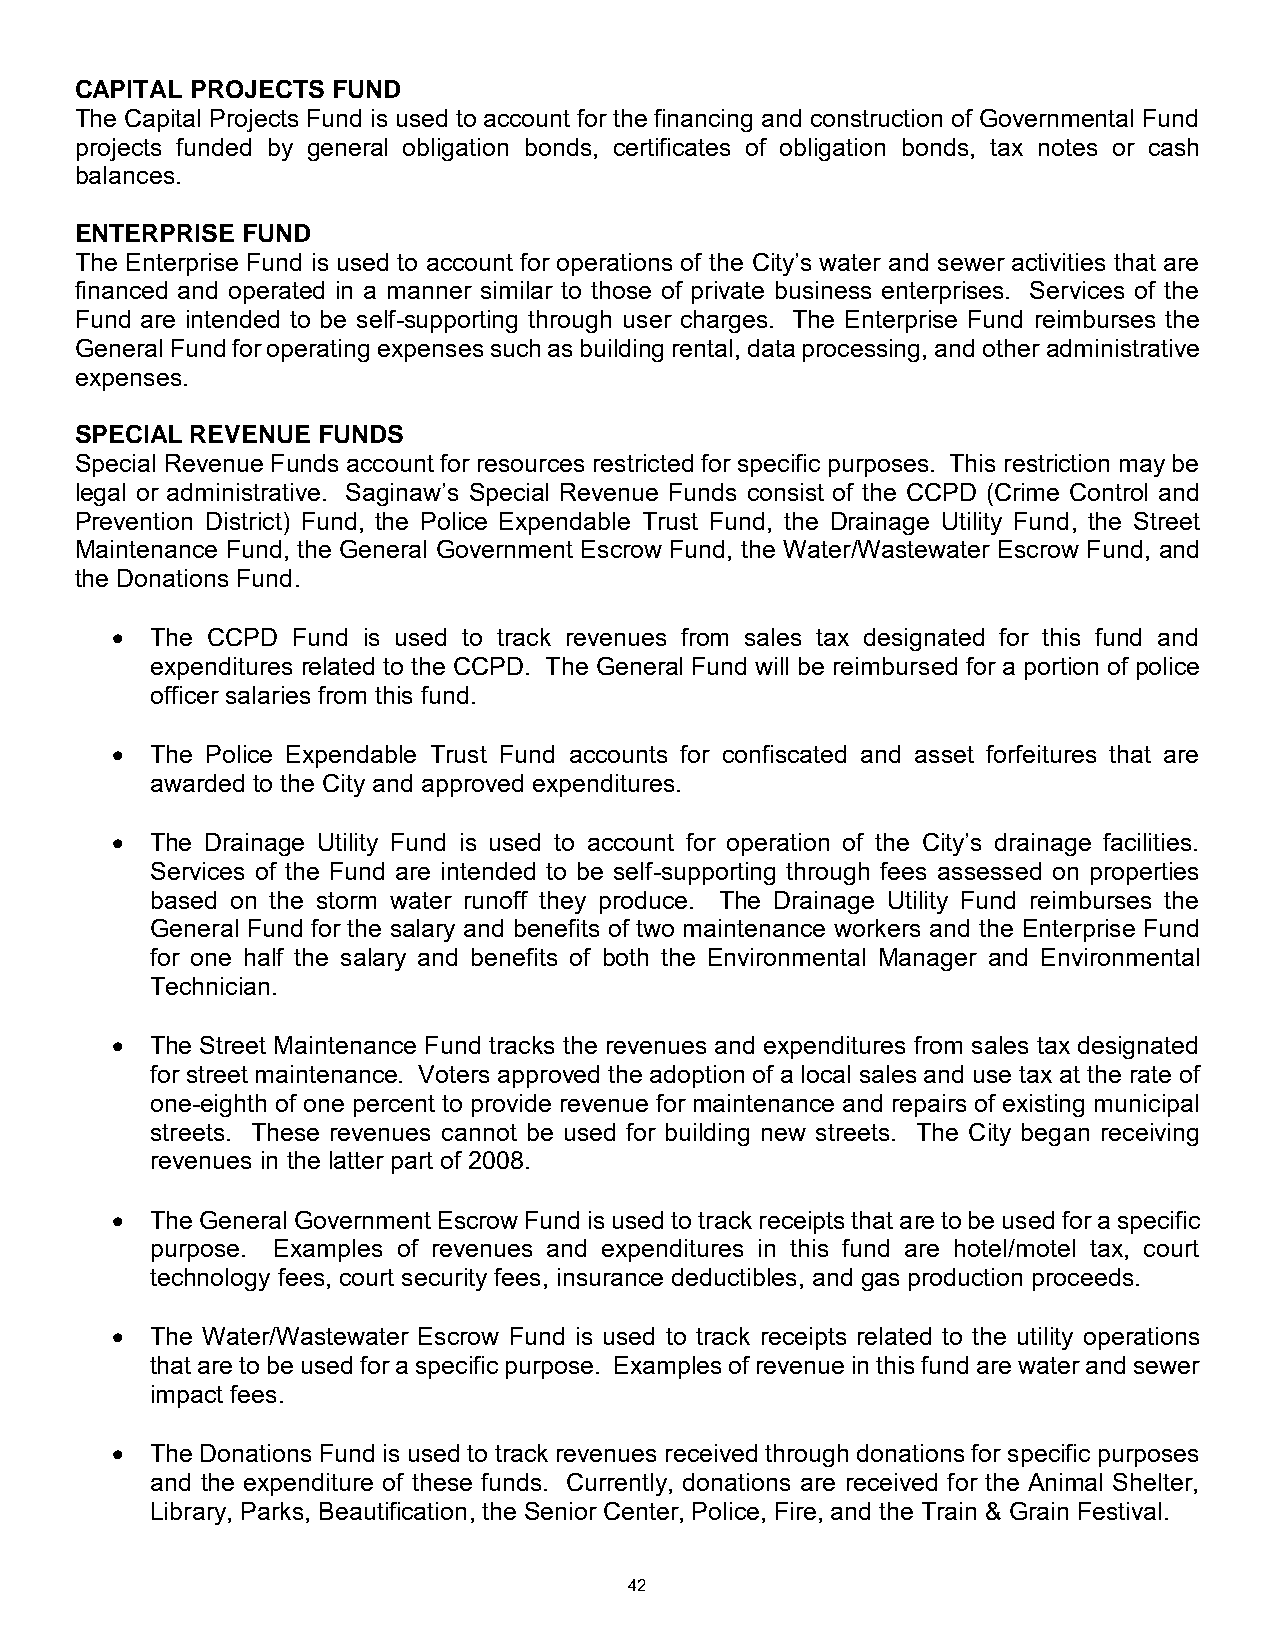
CAPITAL PROJECTS FUND
 The Capital Projects Fund is used to account for the financing and construction of Governmental Fund
 projects funded by general obligation bonds, certificates of obligation bonds, tax notes or cash
 balances.
 ENTERPRISE FUND
 The Enterprise Fund is used to account for operations of the City’s water and sewer activities that are
 financed and operated in a manner similar to those of private business enterprises. Services of the
 Fund are intended to be self-supporting through user charges. The Enterprise Fund reimburses the
 General Fund for operating expenses such as building rental, data processing, and other administrative
 expenses.
 SPECIAL REVENUE FUNDS
 Special Revenue Funds account for resources restricted for specific purposes. This restriction may be
 legal or administrative. Saginaw’s Special Revenue Funds consist of the CCPD (Crime Control and
 Prevention District) Fund, the Police Expendable Trust Fund, the Drainage Utility Fund, the Street
 Maintenance Fund, the General Government Escrow Fund, the Water/Wastewater Escrow Fund, and
 the Donations Fund.
   The CCPD Fund is used to track revenues from sales tax designated for this fund and
 expenditures related to the CCPD. The General Fund will be reimbursed for a portion of police
 officer salaries from this fund.
   The Police Expendable Trust Fund accounts for confiscated and asset forfeitures that are
 awarded to the City and approved expenditures.
   The Drainage Utility Fund is used to account for operation of the City’s drainage facilities.
 Services of the Fund are intended to be self-supporting through fees assessed on properties
 based on the storm water runoff they produce. The Drainage Utility Fund reimburses the
 General Fund for the salary and benefits of two maintenance workers and the Enterprise Fund
 for one half the salary and benefits of both the Environmental Manager and Environmental
 Technician.
   The Street Maintenance Fund tracks the revenues and expenditures from sales tax designated
 for street maintenance. Voters approved the adoption of a local sales and use tax at the rate of
 one-eighth of one percent to provide revenue for maintenance and repairs of existing municipal
 streets. These revenues cannot be used for building new streets. The City began receiving
 revenues in the latter part of 2008.
   The General Government Escrow Fund is used to track receipts that are to be used for a specific
 purpose. Examples of revenues and expenditures in this fund are hotel/motel tax, court
 technology fees, court security fees, insurance deductibles, and gas production proceeds.
   The Water/Wastewater Escrow Fund is used to track receipts related to the utility operations
 that are to be used for a specific purpose. Examples of revenue in this fund are water and sewer
 impact fees.
   The Donations Fund is used to track revenues received through donations for specific purposes
 and the expenditure of these funds. Currently, donations are received for the Animal Shelter,
 Library, Parks, Beautification, the Senior Center, Police, Fire, and the Train & Grain Festival.
 42